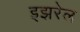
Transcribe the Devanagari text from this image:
इझरेल